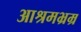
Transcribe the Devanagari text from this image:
आश्रमभ्रम्र